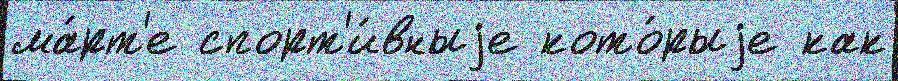
ма́рт'е спорт'и́вныjе кото́рыjе как